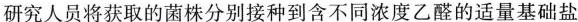
研究人员将获取的菌株分别接种到含不同浓度乙醛的适量基础盐